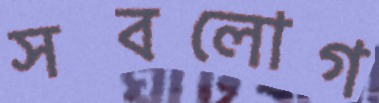
সবলোগ